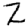
Digit: 2